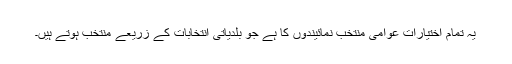
یہ تمام اختیارات عوامی منتخب نمائیندوں کا ہے جو بلدیاتی انتخابات کے زریعے منتخب ہوتے ہیں۔